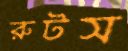
রুটস